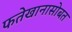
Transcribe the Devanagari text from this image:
फतेखानासोबत